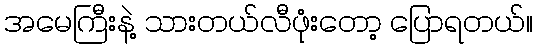
အမေကြီးနဲ့ သားတယ်လီဖုံးတော့ ပြောရတယ်။